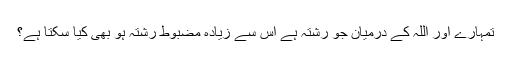
تمہارے اور اللہ کے درمیان جو رشتہ ہے اس سے زیادہ مضبوط رشتہ ہو بھی کیا سکتا ہے؟